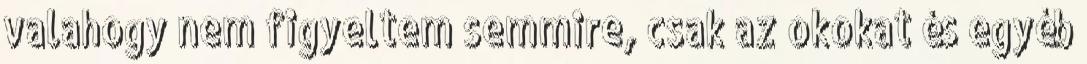
valahogy nem figyeltem semmire, csak az okokat és egyéb